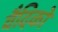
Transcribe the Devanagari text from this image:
वैदिको